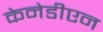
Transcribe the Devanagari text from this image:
केनेडीएन